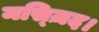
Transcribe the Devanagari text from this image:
मस्ज़िद।